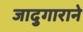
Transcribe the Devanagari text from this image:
जादुगाराने